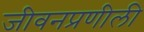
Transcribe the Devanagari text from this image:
जीवनप्रणीली